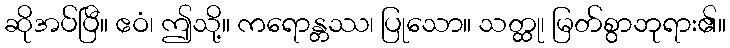
ဆိုအပ်ပြီ။ ဧဝံ၊ ဤသို့။ ကရောန္တဿ၊ ပြုသော။ သတ္ထု၊ မြတ်စွာဘုရား၏။